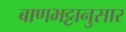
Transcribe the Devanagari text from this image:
बाणभट्टानुसार